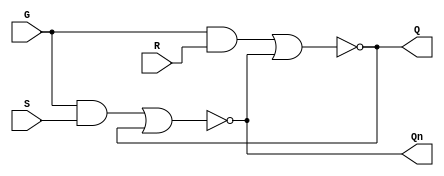
module sr_latch_gated(
   
   output Q,
   output Qn,
   input  G,  
   input  S,
   input  R
);

   wire   S1;
   wire   R1;
   
   and(S1, G, S);
   and(R1, G, R);   
   nor(Qn, S1, Q);
   nor(Q, R1, Qn);

endmodule